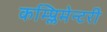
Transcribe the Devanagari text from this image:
कम्प्लिमेन्टरी